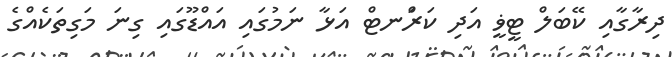
ދިރާގާއި ކޭބަލް ޓީޥީ އަދި ކަރަްނޓް އަޅާ ނަމުގައި އައްޑޫގައި ގިނަ މަގިތަކެއްގެ